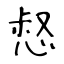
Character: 惄